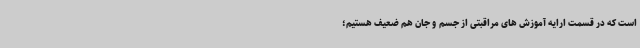
است که در قسمت ارایه آموزش های مراقبتی از جسم و جان هم ضعیف هستیم؛